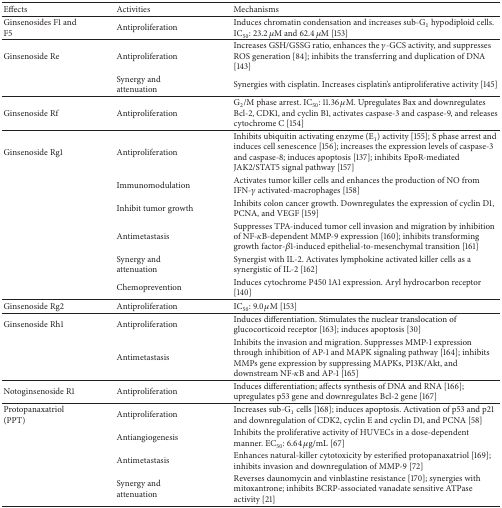
<table><thead><tr><td><b>Effects</b></td><td><b>Activities</b></td><td><b>Mechanisms</b></td></tr></thead><tbody><tr><td>Ginsenosides F1 and F5</td><td>Antiproliferation</td><td>Induces chromatin condensation and increases sub-G<sub>1</sub>hypodiploid cells. IC<sub>50</sub>: 23.2 <i>μ</i>M and 62.4 <i>μ</i>M [153]</td></tr><tr><td>Ginsenoside Re</td><td>Antiproliferation</td><td>Increases GSH/GSSG ratio, enhances the <i>γ</i>-GCS activity, and suppresses ROS generation [84]; inhibits the transferring and duplication of DNA [143]</td></tr><tr><td> </td><td>Synergy and attenuation</td><td>Synergies with cisplatin. Increases cisplatin&#x27;s antiproliferative activity [145]</td></tr><tr><td>Ginsenoside Rf</td><td>Antiproliferation</td><td>G<sub>2</sub>/M phase arrest. IC<sub>50</sub>: 11.36 <i>μ</i>M. Upregulates Bax and downregulates Bcl-2, CDK1, and cyclin B1, activates caspase-3 and caspase-9, and releases cytochrome C [154]</td></tr><tr><td>Ginsenoside Rg1</td><td>Antiproliferation</td><td>Inhibits ubiquitin activating enzyme (E<sub>1</sub>) activity [155]; S phase arrest and induces cell senescence [156]; increases the expression levels of caspase-3 and caspase-8; induces apoptosis [137]; inhibits EpoR-mediated JAK2/STAT5 signal pathway [157]</td></tr><tr><td> </td><td>Immunomodulation</td><td>Activates tumor killer cells and enhances the production of NO from IFN-<i>γ</i> activated-macrophages [158]</td></tr><tr><td> </td><td>Inhibit tumor growth</td><td>Inhibits colon cancer growth. Downregulates the expression of cyclin D1, PCNA, and VEGF [159]</td></tr><tr><td> </td><td>Antimetastasis</td><td>Suppresses TPA-induced tumor cell invasion and migration by inhibition of NF-<i>κ</i>B-dependent MMP-9 expression [160]; inhibits transforming growth factor-<i>β</i>1-induced epithelial-to-mesenchymal transition [161]</td></tr><tr><td> </td><td>Synergy and attenuation</td><td>Synergist with IL-2. Activates lymphokine activated killer cells as a synergistic of IL-2 [162]</td></tr><tr><td> </td><td>Chemoprevention</td><td>Induces cytochrome P450 1A1 expression. Aryl hydrocarbon receptor [140]</td></tr><tr><td>Ginsenoside Rg2</td><td>Antiproliferation</td><td>IC<sub>50</sub>: 9.0 <i>μ</i>M [153]</td></tr><tr><td>Ginsenoside Rh1</td><td>Antiproliferation</td><td>Induces differentiation. Stimulates the nuclear translocation of glucocorticoid receptor [163]; induces apoptosis [30]</td></tr><tr><td> </td><td>Antimetastasis</td><td>Inhibits the invasion and migration. Suppresses MMP-1 expression through inhibition of AP-1 and MAPK signaling pathway [164]; inhibits MMPs gene expression by suppressing MAPKs, PI3K/Akt, and downstream NF-<i>κ</i>B and AP-1 [165]</td></tr><tr><td>Notoginsenoside R1</td><td>Antiproliferation</td><td>Induces differentiation; affects synthesis of DNA and RNA [166]; upregulates p53 gene and downregulates Bcl-2 gene [167]</td></tr><tr><td>Protopanaxatriol (PPT) </td><td>Antiproliferation</td><td>Increases sub-G<sub>1</sub> cells [168]; induces apoptosis. Activation of p53 and p21 and downregulation of CDK2, cyclin E and cyclin D1, and PCNA [58]</td></tr><tr><td> </td><td>Antiangiogenesis</td><td>Inhibits the proliferative activity of HUVECs in a dose-dependent manner. EC<sub>50</sub>: 6.64 <i>μ</i>g/mL [67]</td></tr><tr><td> </td><td>Antimetastasis</td><td>Enhances natural-killer cytotoxicity by esterified protopanaxatriol [169]; inhibits invasion and downregulation of MMP-9 [72]</td></tr><tr><td> </td><td>Synergy and attenuation</td><td>Reverses daunomycin and vinblastine resistance [170]; synergies with mitoxantrone; inhibits BCRP-associated vanadate sensitive ATPase activity [21]</td></tr></tbody></table>